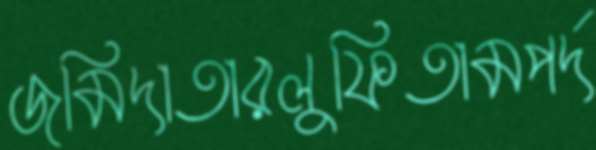
জমিদাতারলুফিতামপর্দ